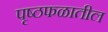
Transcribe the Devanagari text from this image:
पृष्ठफळातील